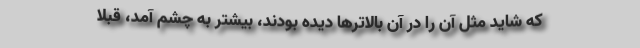
كه شايد مثل آن را در آن بالاترها ديده بودند، بيشتر به چشم آمد، قبلا